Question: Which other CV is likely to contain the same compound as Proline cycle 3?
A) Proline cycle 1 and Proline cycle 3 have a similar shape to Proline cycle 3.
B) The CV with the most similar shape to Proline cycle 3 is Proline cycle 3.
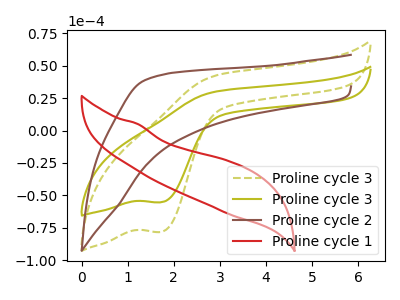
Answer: <think>The olive dashed curve "Proline cycle 3" has a cathodic peak at: (1.75V, -78.20uA). The olive curve "Proline cycle 3" has a cathodic peak at: (1.75V, -55.35uA). The brown curve "Proline cycle 2" has no peaks. The red curve "Proline cycle 1" has no peaks.
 All the peaks in "Proline cycle 3" have a peak in "Proline cycle 3" at the same potential. Every peak in "Proline cycle 3" is higher than every peak in "Proline cycle 3". "Proline cycle 3" and "Proline cycle 2" have a different number of peaks. "Proline cycle 3" and "Proline cycle 1" have a different number of peaks. "Proline cycle 3" and "Proline cycle 2" have a different number of peaks. "Proline cycle 3" and "Proline cycle 1" have a different number of peaks. Neither "Proline cycle 2" or "Proline cycle 1" have any peaks.</think>
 <answer>B) The CV with the most similar shape to "Proline cycle 3" is "Proline cycle 3".</answer>
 <eval>B</eval>